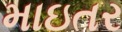
માઇતર